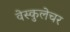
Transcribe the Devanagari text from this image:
वेस्कुलेचर